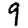
Digit: 9